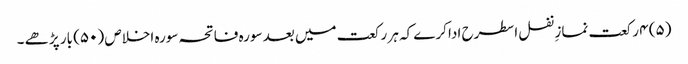
(۵) ۴ رکعت نمازِ نفل اسطرح ادا کرے کہ ہر رکعت میں بعد سورہ فاتحہ سورہ اخلاص (۵۰) بار پڑھے ۔